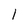
Character: l